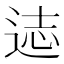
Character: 𰺻